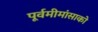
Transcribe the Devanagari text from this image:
पूर्वमीमांसाकाे